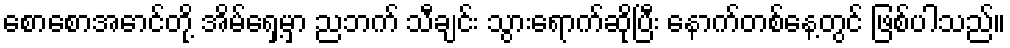
စောစောအောင်တို့ အိမ်ရှေ့မှာ ညဘက် သီချင်း သွားရောက်ဆိုပြီး နောက်တစ်နေ့တွင် ဖြစ်ပါသည်။